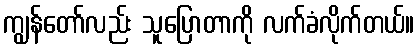
ကျွန်တော်လည်း သူပြောတာကို လက်ခံလိုက်တယ်။